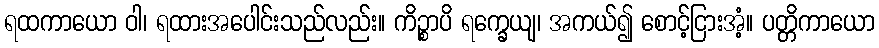
ရထကာယော ဝါ၊ ရထားအပေါင်းသည်လည်း။ ကိဉ္စာပိ ရက္ခေယျ၊ အကယ်၍ စောင့်ငြားအံ့။ ပတ္တိကာယော